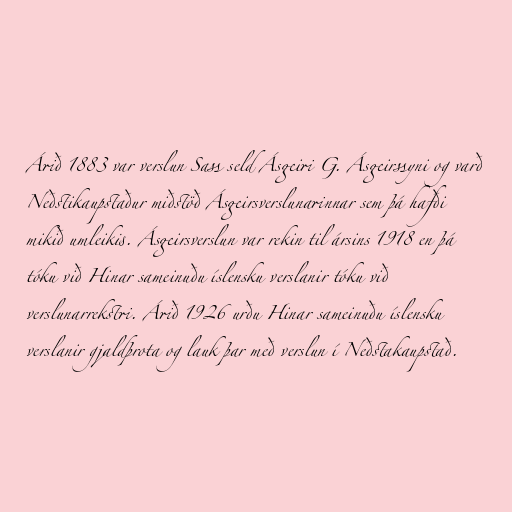
Árið 1883 var verslun Sass seld Ásgeiri G. Ásgeirssyni og varð
Neðstikaupstaður miðstöð Ásgeirsverslunarinnar sem þá hafði
mikið umleikis. Ásgeirsverslun var rekin til ársins 1918 en þá
tóku við Hinar sameinuðu íslensku verslanir tóku við
verslunarrekstri. Árið 1926 urðu Hinar sameinuðu íslensku
verslanir gjaldþrota og lauk þar með verslun í Neðstakaupstað.